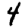
Digit: 4